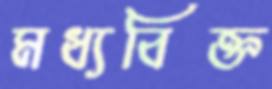
মধ্যবিক্ত